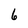
Character: 6